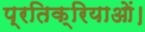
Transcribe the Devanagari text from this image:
प्रतिक्रियाओं।